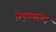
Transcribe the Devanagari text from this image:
त्रिपुरावरील